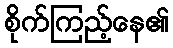
စိုက်ကြည့်နေ၏